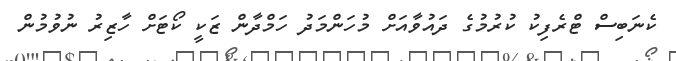
ކެނަބިސް ޓްރެފިކު ކުރުމުގެ ދައުވާއަށް މުހަންމަދު ހަމްދާން ޒަކީ ކޯޓަށް ހާޒިރު ނުވުމުން